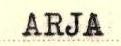
ARJA